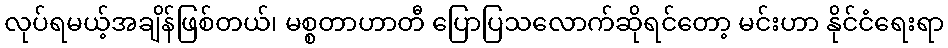
လုပ်ရမယ့်အချိန်ဖြစ်တယ်၊ မစ္စတာဟာတီ ပြောပြသလောက်ဆိုရင်တော့ မင်းဟာ နိုင်ငံရေးရာ